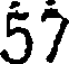
57